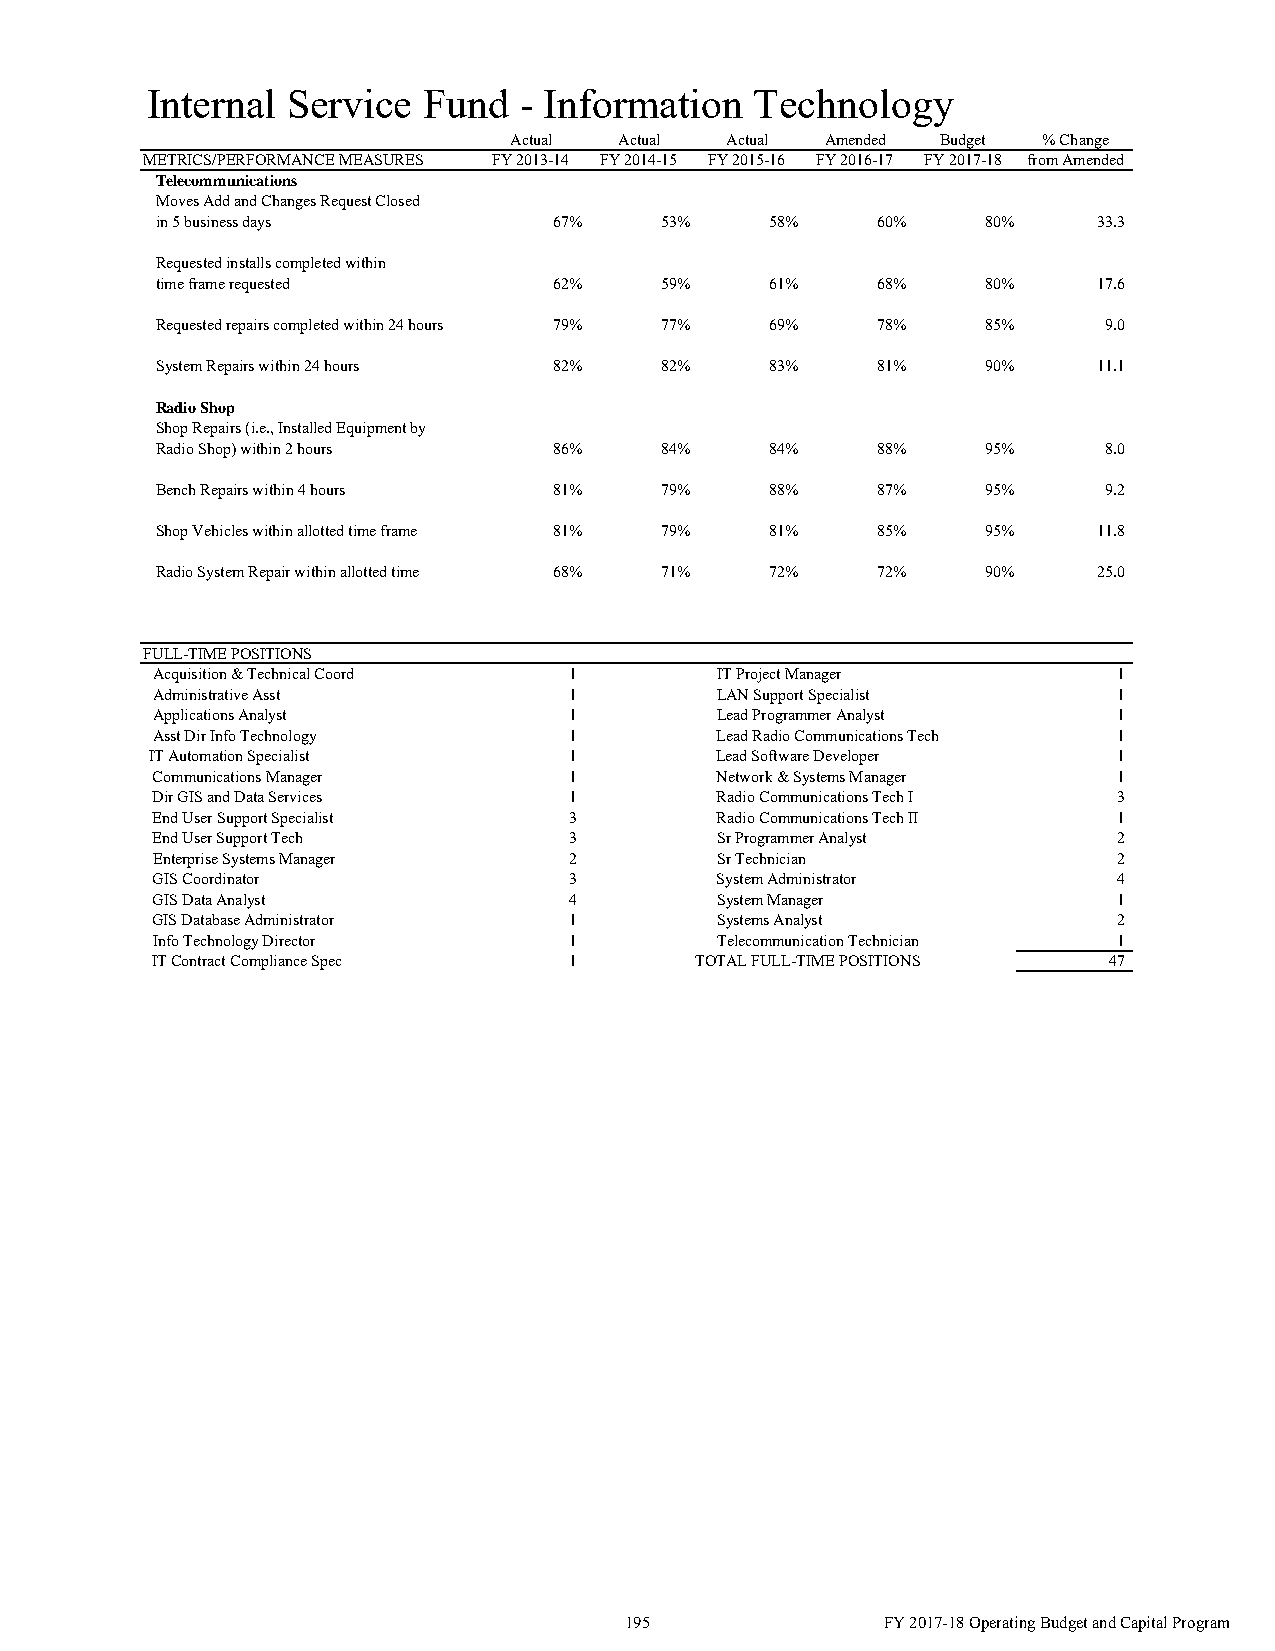
Internal Service  Fund  - Information   Technology
 Actual Actual Actual Amended Budget % Change
 METRICS/PERFORMANCE MEASURES FY 2013-14 FY 2014-15 FY 2015-16 FY 2016-17 FY 2017-18 from Amended
 Telecommunications
 Moves Add and Changes Request Closed
 in 5 business days         67%    53%    58%    60%    80%     3 3.3
 Requested installs completed within
 time frame requested       62%    59%    61%    68%    80%     1 7.6
 Requested repairs completed within 24 hours 79% 77% 69% 78% 85% 9 .0
 System Repairs within 24 hours 82% 82%   83%    81%    90%     1 1.1
 Radio Shop
 Shop Repairs (i.e., Installed Equipment by
 Radio Shop) within 2 hours 86%    84%    84%    88%    95%     8 .0
 Bench Repairs within 4 hours 81%  79%    88%    87%    95%     9 .2
 Shop Vehicles within allotted time frame 81% 79% 81% 85% 95%   1 1.8
 Radio System Repair within allotted time 68% 71% 72% 72% 90%   2 5.0
 FULL-TIME POSITIONS
 Acquisition & Technical Coord 1      IT Project Manager         1
 Administrative Asst         1        LAN Support Specialist     1
 Applications Analyst        1        Lead Programmer Analyst    1
 Asst Dir Info Technology    1        Lead Radio Communications Tech 1
 IT Automation Specialist    1        Lead Software Developer    1
 Communications Manager      1        Network & Systems Manager  1
 Dir GIS and Data Services   1        Radio Communications Tech I 3
 End User Support Specialist 3        Radio Communications Tech II 1
 End User Support Tech       3        Sr Programmer Analyst      2
 Enterprise Systems Manager  2        Sr Technician              2
 GIS Coordinator             3        System Administrator       4
 GIS Data Analyst            4        System Manager             1
 GIS Database Administrator  1        Systems Analyst            2
 Info Technology Director    1        Telecommunication Technician 1
 IT Contract Compliance Spec 1       TOTAL FULL-TIME POSITIONS  47
 195               FY 2017-18 Operating Budget and Capital Program